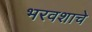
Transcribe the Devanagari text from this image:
भरवशाचे